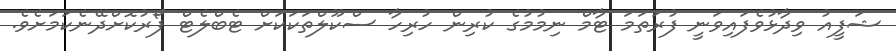
ޝަފީއު ވިދާޅުވެފައިވަނީ ފުރަތަމަ ޓާމް ނިމުމުގެ ކުރިން ހުރިހާ ސްކޫލްތަކަކަށް ޓެބްލެޓް ފޯރުކޮށްދޭނެކަމަށެވެ.